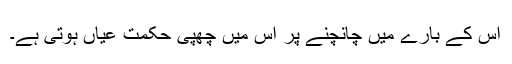
اس کے بارے میں چانچنے پر اس میں چھپی حکمت عیاں ہوتی ہے۔